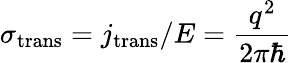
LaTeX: \sigma_{\mathrm{{trans}}}=j_{\mathrm{{trans}}}/E=\frac{q^{2}}{2\pi\hbar}